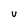
Character: U